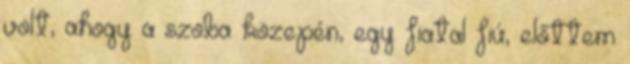
volt, ahogy a szoba közepén, egy fiatal fiú, előttem